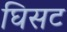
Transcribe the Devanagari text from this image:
घिसट